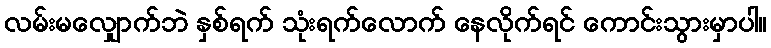
လမ်းမလျှောက်ဘဲ နှစ်ရက် သုံးရက်လောက် နေလိုက်ရင် ကောင်းသွားမှာပါ။